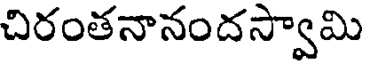
చిరంతనానందస్వామి